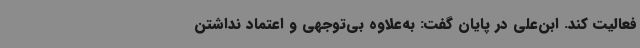
فعالیت کند. ابن‌علی در پایان گفت: به‌علاوه بی‌توجهی و اعتماد نداشتن